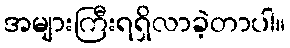
အများကြီးရရှိလာခဲ့တာပါ။